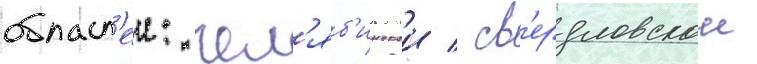
област'еи: чел'яб'инскои / св'ердловскои